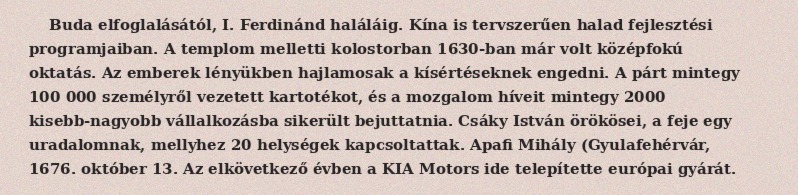
Buda elfoglalásától, I. Ferdinánd haláláig. Kína is tervszerűen halad fejlesztési programjaiban. A templom melletti kolostorban 1630-ban már volt középfokú oktatás. Az emberek lényükben hajlamosak a kísértéseknek engedni. A párt mintegy 100 000 személyről vezetett kartotékot, és a mozgalom híveit mintegy 2000 kisebb-nagyobb vállalkozásba sikerült bejuttatnia. Csáky István örökösei, a feje egy uradalomnak, mellyhez 20 helységek kapcsoltattak. Apafi Mihály (Gyulafehérvár, 1676. október 13. Az elkövetkező évben a KIA Motors ide telepítette európai gyárát.